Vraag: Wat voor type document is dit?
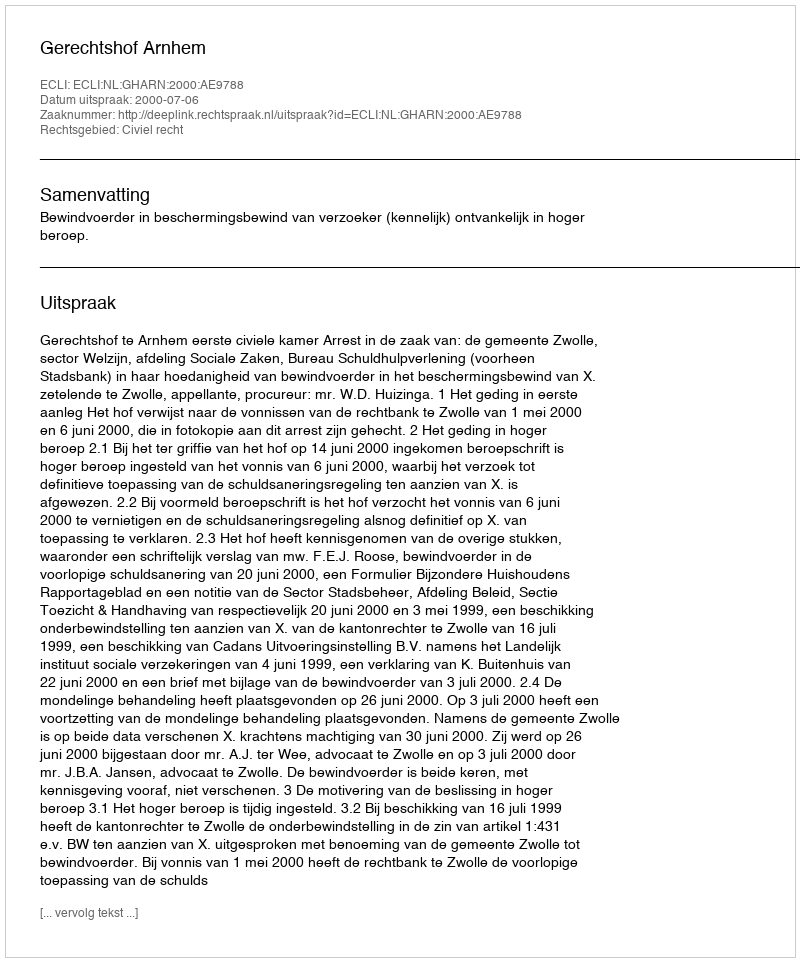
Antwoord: Uitspraak